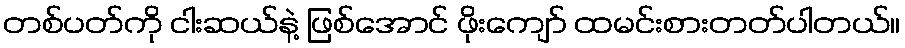
တစ်ပတ်ကို ငါးဆယ်နဲ့ ဖြစ်အောင် ဖိုးကျော် ထမင်းစားတတ်ပါတယ်။